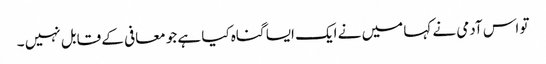
تو اس آدمی نے کہا میں نے ایک ایسا گناہ کیا ہے جو معافی کے قابل نہیں ۔